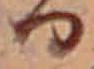
る